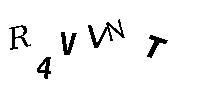
R4VVNT